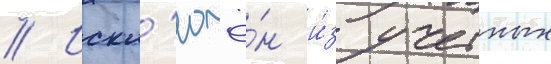
// Искл'ючё́н и́з учетных